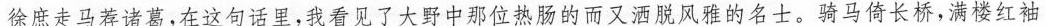
徐庶走马荐诸葛，在这句话里，我看见了大野中那位热肠的而又洒脱风雅的名士。骑马倚长桥，满楼红袖